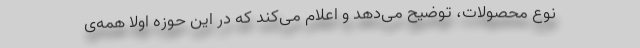
نوع محصولات، توضیح می‌دهد و اعلام می‌کند که در این حوزه اولاً همه‌ی